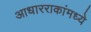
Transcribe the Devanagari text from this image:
आधारराकांमध्ये